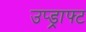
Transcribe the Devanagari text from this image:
उप्ड्राफ्ट